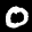
Label: 0